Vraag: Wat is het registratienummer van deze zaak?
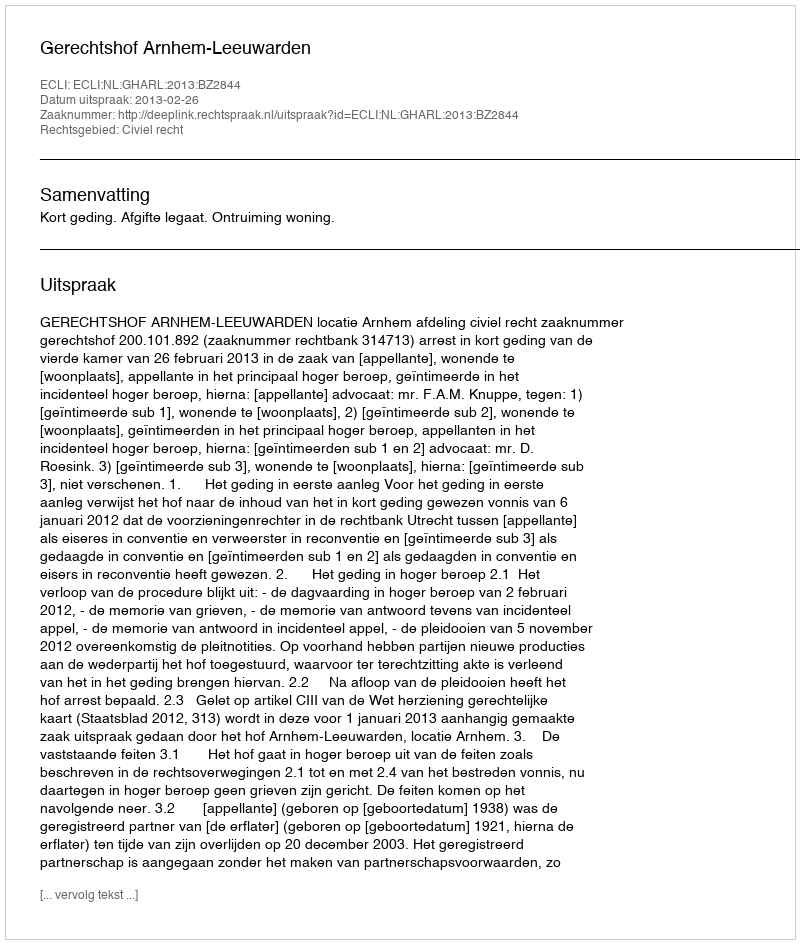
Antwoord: http://deeplink.rechtspraak.nl/uitspraak?id=ECLI:NL:GHARL:2013:BZ2844